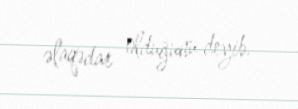
əlaqədar olduğunu deyib.